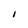
Character: I